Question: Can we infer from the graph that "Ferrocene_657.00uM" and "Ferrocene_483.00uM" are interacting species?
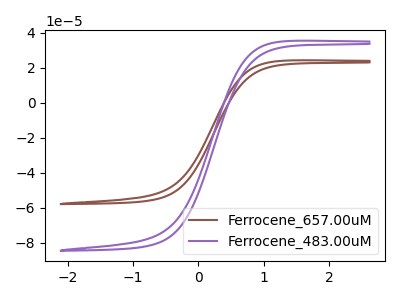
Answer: <think>The brown curve "Ferrocene_657.00uM" has no peaks. The purple curve "Ferrocene_483.00uM" has no peaks.
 Neither "Ferrocene_657.00uM" or "Ferrocene_483.00uM" have any peaks.</think>
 <answer>No, "Ferrocene_657.00uM" and "Ferrocene_483.00uM" don't appear to be significantly different in shape</answer>
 <eval>no_change</eval>